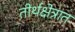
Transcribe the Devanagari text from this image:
तीर्थक्षेत्रात